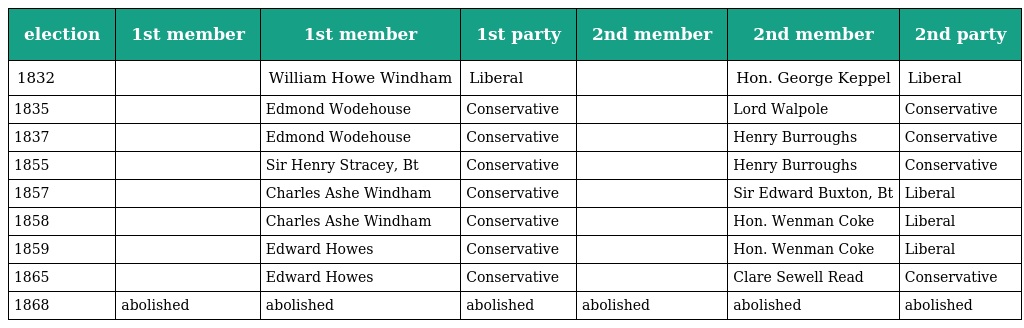
| election | 1st member | 1st member | 1st party | 2nd member | 2nd member | 2nd party |
 | --- | --- | --- | --- | --- | --- | --- |
 | 1832 |  | William Howe Windham | Liberal |  | Hon. George Keppel | Liberal |
 | 1835 |  | Edmond Wodehouse | Conservative |  | Lord Walpole | Conservative |
 | 1837 |  | Edmond Wodehouse | Conservative |  | Henry Burroughs | Conservative |
 | 1855 |  | Sir Henry Stracey, Bt | Conservative |  | Henry Burroughs | Conservative |
 | 1857 |  | Charles Ashe Windham | Conservative |  | Sir Edward Buxton, Bt | Liberal |
 | 1858 |  | Charles Ashe Windham | Conservative |  | Hon. Wenman Coke | Liberal |
 | 1859 |  | Edward Howes | Conservative |  | Hon. Wenman Coke | Liberal |
 | 1865 |  | Edward Howes | Conservative |  | Clare Sewell Read | Conservative |
 | 1868 | abolished | abolished | abolished | abolished | abolished | abolished |